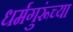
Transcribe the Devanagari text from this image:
धर्मगुरूंच्या